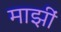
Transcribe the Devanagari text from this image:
माझीं